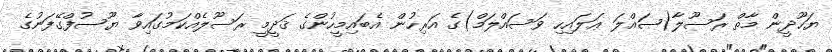
ޔަހޫދީން މާތް ރަސޫލާ(ޞައްލަ ޢަލައިހި ވަސައްލަމް)ގެ އަރިހުން އެބައިމީހުންގެ ޤަދީމީ ރަސޫލެއްކަމުގައިވާ ޔޫސުފްގޭފަނުގެ